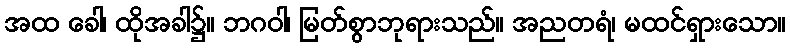
အထ ခေါ၊ ထိုအခါ၌။ ဘဂဝါ၊ မြတ်စွာဘုရားသည်။ အညတရံ၊ မထင်ရှားသော။